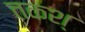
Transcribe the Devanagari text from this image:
तकश्